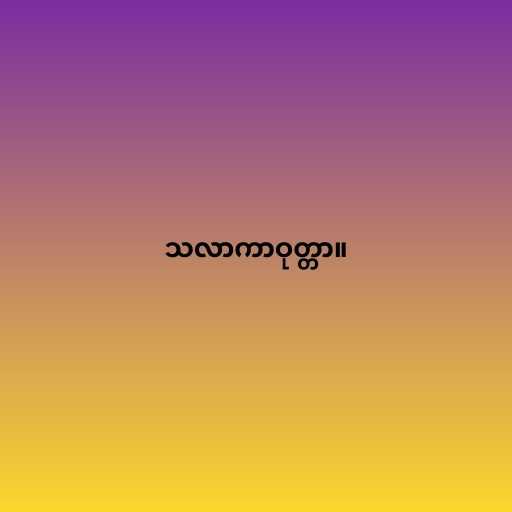
သလာကာဝုတ္တာ။